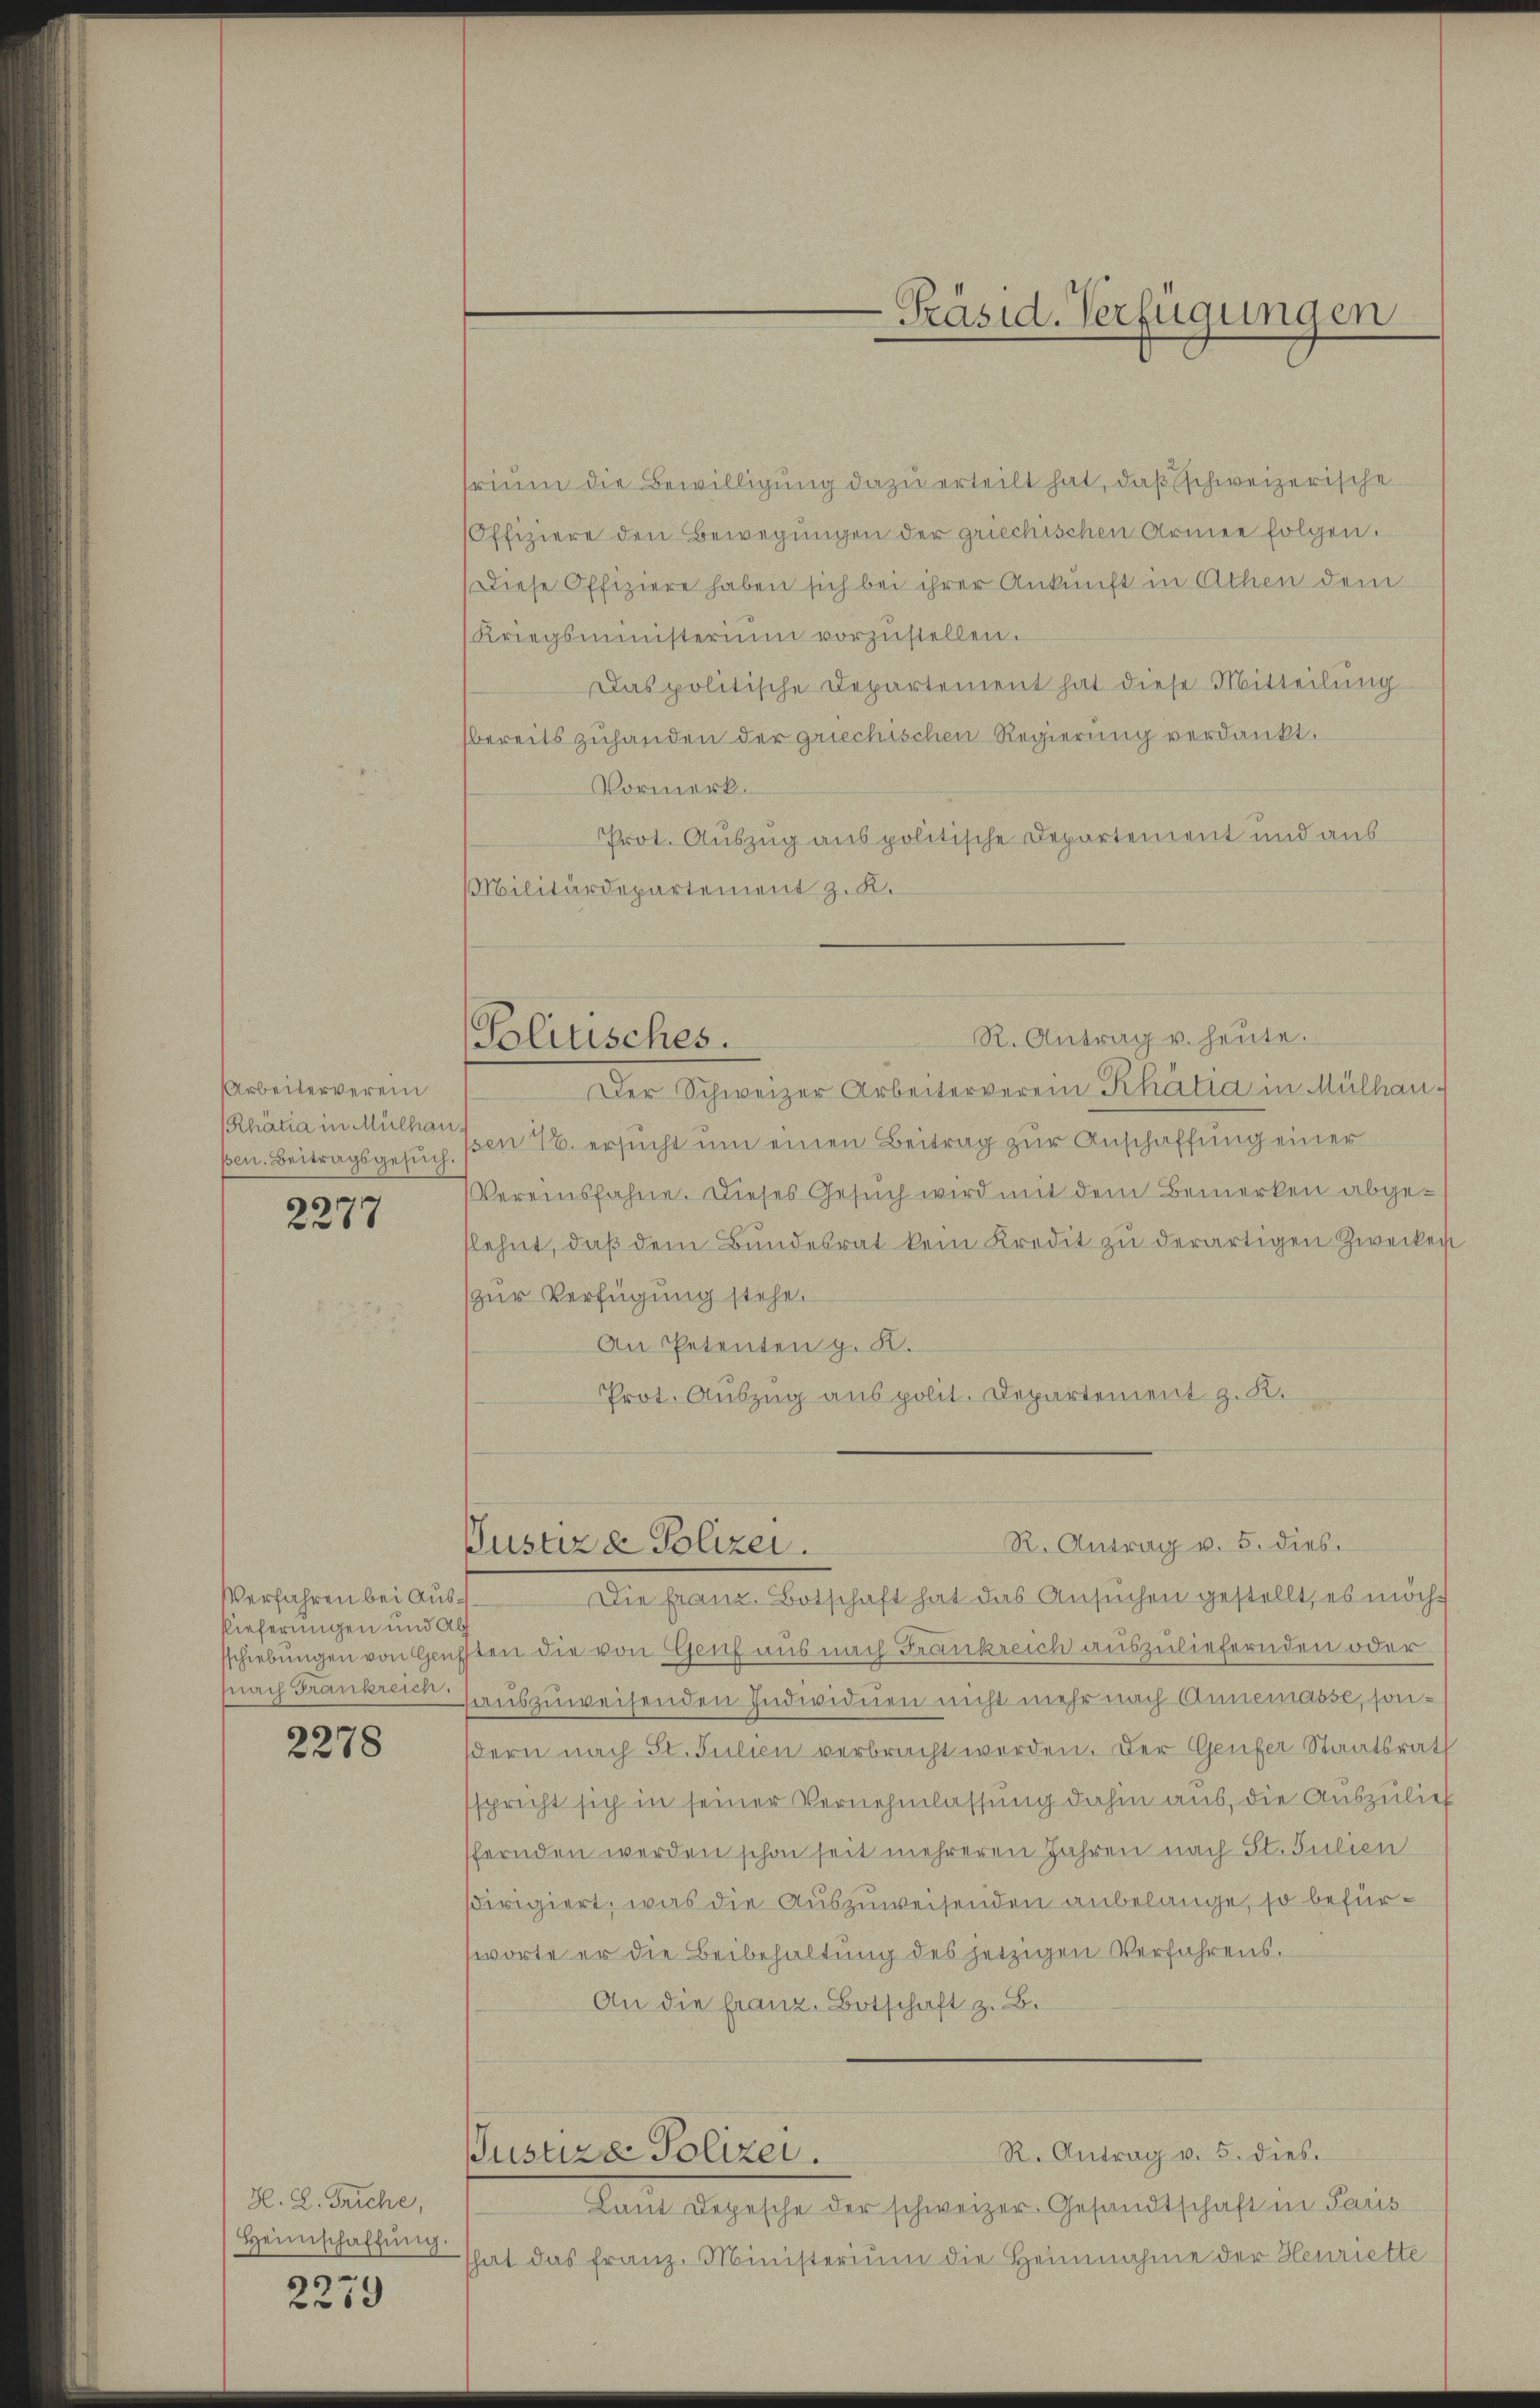
Arbeiterverein
Rhätia in Mülhau
pen. Beitragsgesuch

2277

Verfahren bei Aus¬
Rieferungen und Ab

2278

H. L. Triche,
Heimschaffŭng.

2279

trium die Bewilligung dazu erteilt hat, daß schweizerische
(Offiziere den Bewegungen der griechischen Armee folgen.
Diese Offiziere haben sich bei ihrer Ankunft in Athen dem
Kriegsministerium vorzŭstellen.
Das politische Departement hat diese Mitteilung
sbereits zuhanden der griechischen Regierung verdankt.
Vormerk.
Prot. Auszug aus politische Departement und aus
Militärdepartement z. K.

Politisches.

Pustiz & Polizei.

usure Polizei.

-Präsid. Verfügungen

R. Antrag u. heute.
Der Schweizer Arbeiterverein Rhätia in Mülhaupen 7. ersucht um einen Beitrag zur Anschaffung einer
Vereinsfahne. Dieses Gesuch wird mit dem Bemerken abgelehnt, daβ dem Bundesrat kein Kredit zu derartigen Zwecken
zur Verfügung stehe.
An Petenten g. K.
Prot. Auszug aus polit. Departement z. K.

Die franz. Botschaft hat das Ansuchen gestellt, es möchsschiebungen von Gaufften die von Genf aus nach Frankreich auszuliefernden oder
nach Frankreten auszuweisenden Individuen nicht mehr nach Annemasse, sondern nach St. Julien verbracht werden. Der Genfer Staatsrath
sspricht sich in seiner Vernehmlassung dahin aus, die Auszulief
ffernden werden schon seit mehreren Jahren nach St. Julien
sdirigiert, was die Auszuweisenden anbelange, so befürsworte er die Beibehaltung des jetzigen Verfahrens.
An die franz. Botschaft z. B.

R. Antrag v. 5. dies

R. Antrag v. 5. dies.
kaut Regesche der schweizer-Gesandtschaft in Paus
hat das Franz-Ministerium die Heinnahme der Henriette